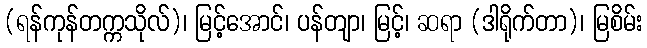
(ရန်ကုန်တက္ကသိုလ်)၊ မြင့်အောင်၊ ပန်တျာ၊ မြင့်၊ ဆရာ (ဒါရိုက်တာ)၊ မြစိမ်း